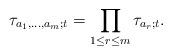
LaTeX: \begin{gather*}\tau_{a_1,\dots,a_m;t}=\prod_{1\le r\le m}\tau_{a_r;t}.\end{gather*}